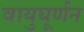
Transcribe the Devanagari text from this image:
वायुघूर्णन